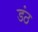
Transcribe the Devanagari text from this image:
डंठ